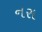
નરા